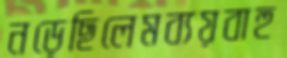
নড়েছিলেমব্যয়বাহু